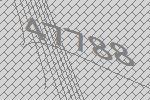
47788